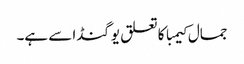
جمال کیمبا کا تعلق یوگنڈا سے ہے۔